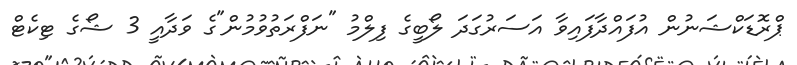
ޕްރޮޑަކްޝަނުން އުފައްދާފައިވާ އަސަރުގަދަ ލޯބީގެ ފިލްމު "ނަފްރަތުވުމުން"ގެ ވަދާއީ 3 ޝޯގެ ޓިކެޓް